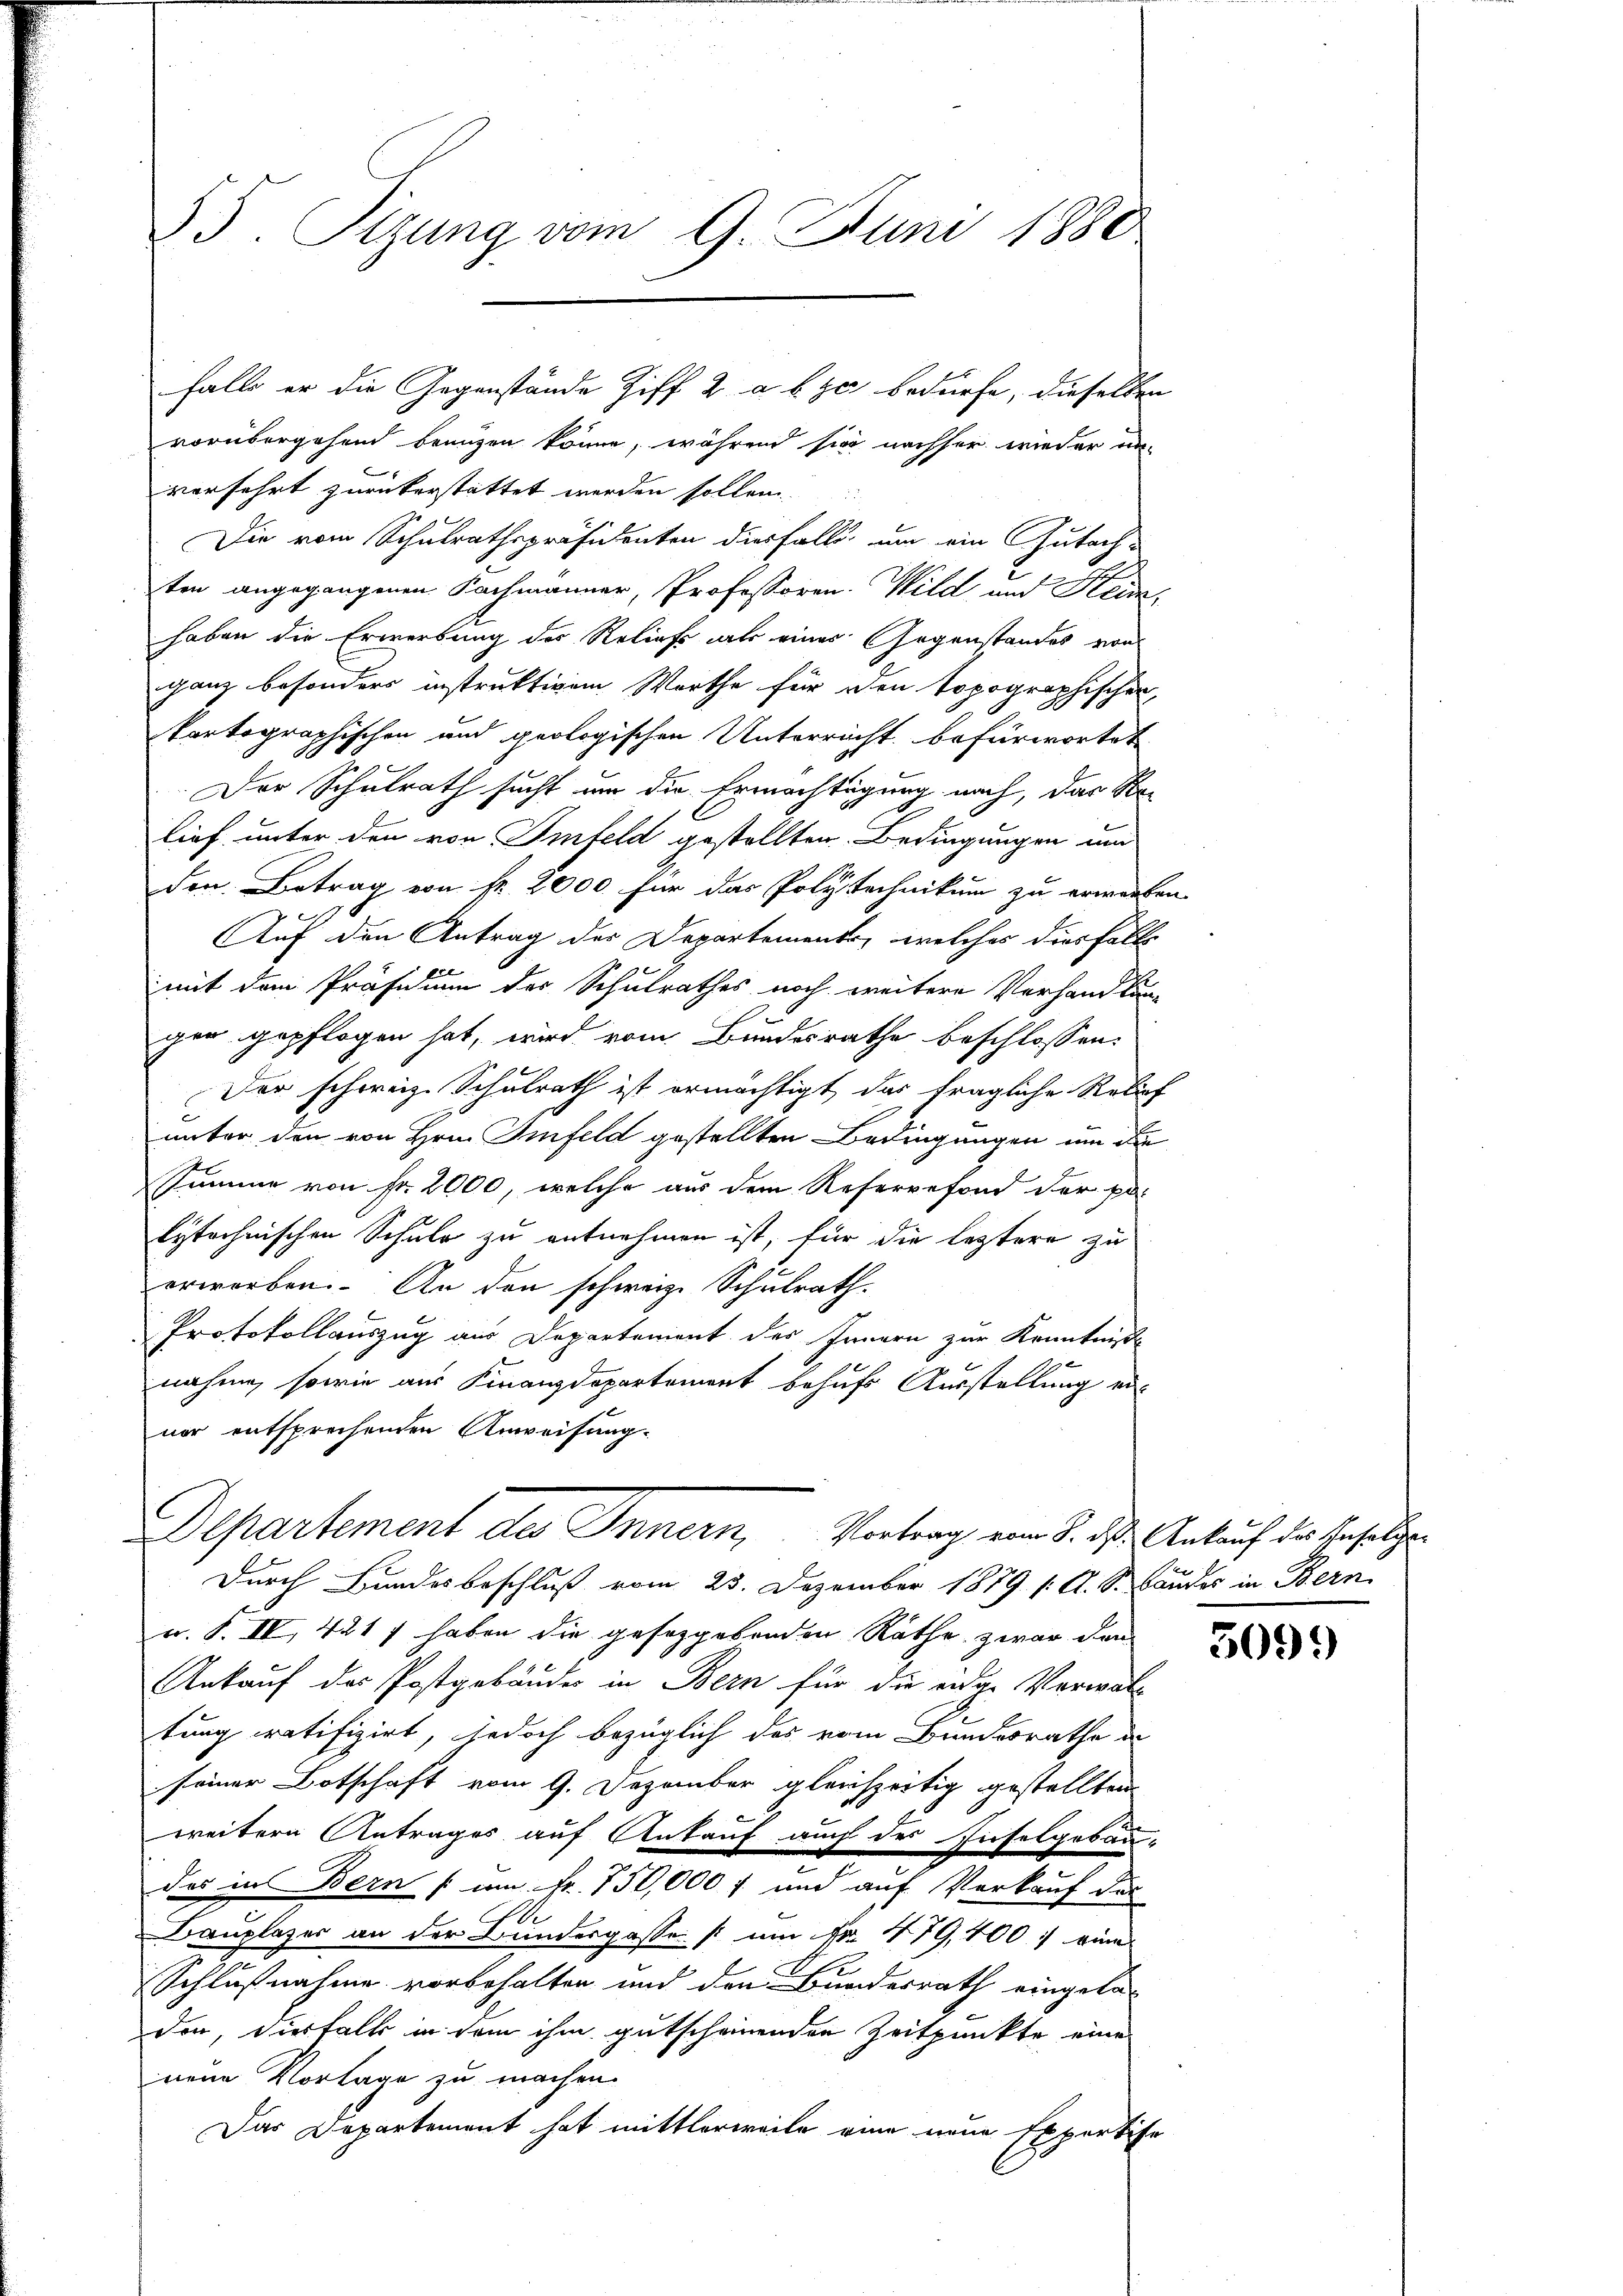
55. Sizung vom 9. Juni 1880

vorübergehend brenzen könne, während sie nachher wieder un-
verfahrt zurükerstattet werden sollen.
Die vom Schulrathspräsidenten diesfalls um ein Gutach-
ten angegangenen Fachmänner, Professoren. Wild und Kleid,
haben die Erwerbung des Reliefs als einer Gegenstandes von
ganz besonders instruktivem Worthe für den Topographischen
kartographischen und geologischen Unterricht befürwortet
Der Schulrath sucht um die Ermächtigung nach, das Re-
lief unter den von Imfeld gestellten Bedingungen und
den Betrag von fr. 2000 für das Polytechnikum zu erwerben
Auf den Antrag der Departements, welches diesfälle
mit dem Präsidium des Schulrathes noch weitere Vorhandlung
gen gepflogen hat, wird vom Bundesrathe beschlossen:
Der schweiz. Schulrath ist ermächtigt, das fragliche Relief
unter den von Hrn. Imfeld gestellten Bedingungen um die
Summe von Fr. 2000, welche aus dem Referrefond der pa
lytechnischen Schule zu entnehmen ist, für die leztere zu
erworben. An den schweiz. Schulrath.
Protokollauszug aus Departement des Innern zur Kenntnisse
nahme, sowie aus Finanzdepartement behufs Ausstellung ervor entsprechenden Anweisung.
C
Departement des Innern, Vortrag vom 1. das Ankauf des Gesetze
Durch Kundesbeschluß vom 23. Dezember 1879 s. A. S. Bander in Bern
u. F. IV, 421 f haben die geseggebenden Räthe zwar den
Ankauf des Postgebäuder in Bern für die eige Verwalt
tung ratifizirt, jedoch bezüglich das vom Bundesrathe de
seiner Botschaft vom 9. Dezember gleichzeitig gestellten
weitern Antrages auf Ankauf auch des Inselgebau-
des in Bern um Fr. 750,000 f und auf Verkauf des
Bauplazer an der Bundesgasse um No. 479,400 : eine
Schlußnahme vorbehalten und den Bundesrath eingela-
don, diesfall in dem ihm gutscheinenden Zeitpunkte eine
neue Vorlage zu machen.
Das Departement hat mittlerweile eine neue Expertise

falle er die Gegenstände Ziff. 2 a b zu bedürfe, dieselben

5099